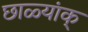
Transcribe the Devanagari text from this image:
छाळ्यांक्